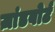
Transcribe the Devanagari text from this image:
ज़ांडबोर्ट